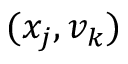
( x _ { j } , v _ { k } )